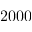
2 0 0 0